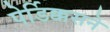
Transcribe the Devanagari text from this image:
पेर्डिक्कसने